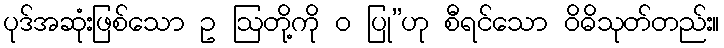
ပုဒ်အဆုံးဖြစ်သော ဥ ဩတို့ကို ဝ ပြု”ဟု စီရင်သော ဝိဓိသုတ်တည်း။